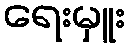
ရေးမှူး